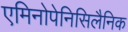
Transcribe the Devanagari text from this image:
एमिनोपेनिसिलैनिक